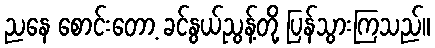
ညနေ စောင်းတော့ ခင်နွယ်ညွန့်တို့ ပြန်သွားကြသည်။